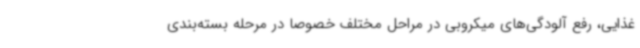
غذایی، رفع آلودگی‌های میکروبی در مراحل مختلف خصوصا در مرحله بسته‌بندی